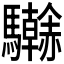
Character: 𩧗